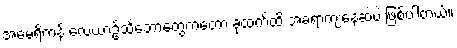
အမေရိကန် လေယာဥ်သင်္ဘောတွေကတော့ ခုထက်ထိ အခရာကျနေဆဲပဲ ဖြစ်ပါတယ်။